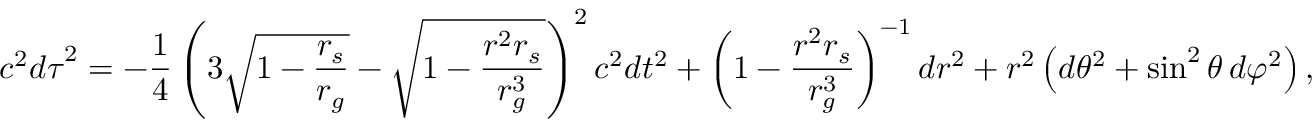
c ^ { 2 } { d \tau } ^ { 2 } = - { \frac { 1 } { 4 } } \left( 3 { \sqrt { 1 - { \frac { r _ { s } } { r _ { g } } } } } - { \sqrt { 1 - { \frac { r ^ { 2 } r _ { s } } { r _ { g } ^ { 3 } } } } } \right) ^ { 2 } c ^ { 2 } d t ^ { 2 } + \left( 1 - { \frac { r ^ { 2 } r _ { s } } { r _ { g } ^ { 3 } } } \right) ^ { - 1 } d r ^ { 2 } + r ^ { 2 } \left( d \theta ^ { 2 } + \sin ^ { 2 } \theta \, d \varphi ^ { 2 } \right) ,